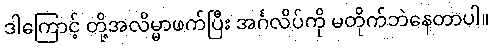
ဒါကြောင့် တို့အလိမ္မာဖက်ပြီး အင်္ဂလိပ်ကို မတိုက်ဘဲနေတာပါ။